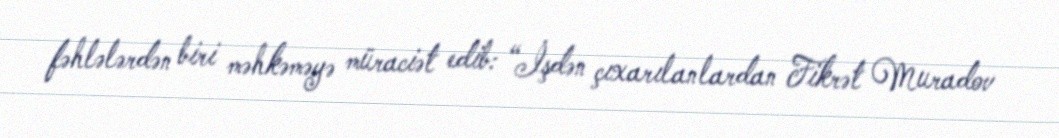
fəhlələrdən biri məhkəməyə müraciət edib: “İşdən çıxarılanlardan Fikrət Muradov